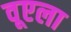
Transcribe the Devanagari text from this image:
वूएला